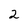
Character: 2